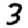
Digit: 3